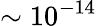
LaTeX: \sim 10^{-14}